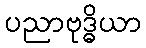
ပညာဗုဒ္ဓိယာ